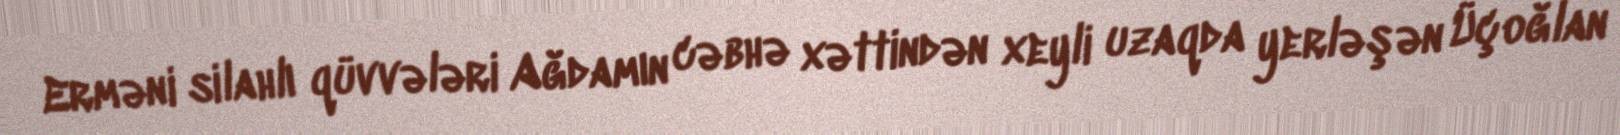
Erməni silahlı qüvvələri Ağdamın cəbhə xəttindən xeyli uzaqda yerləşən Üçoğlan